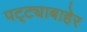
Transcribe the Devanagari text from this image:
पट्ट्याबाहेर